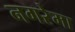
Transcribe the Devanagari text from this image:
नगरेमा